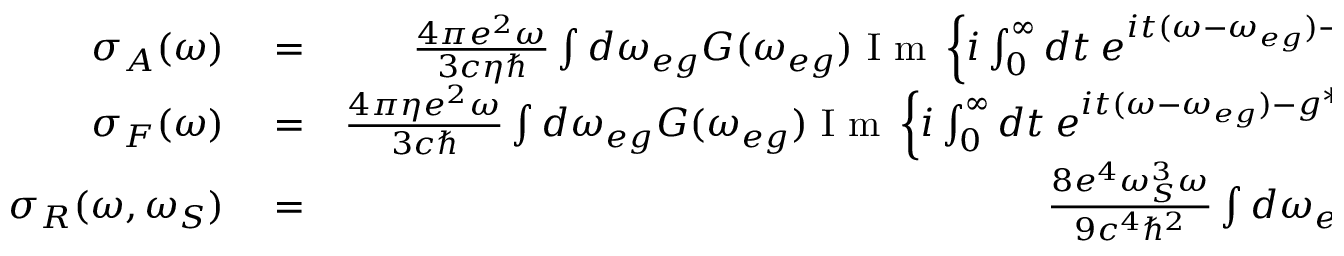
\begin{array} { r l r } { \sigma _ { A } ( \omega ) } & { { } = } & { \frac { 4 \pi e ^ { 2 } \omega } { 3 c \eta \hbar } \int d \omega _ { e g } G ( \omega _ { e g } ) \mathrm { ~ I ~ m ~ } \left\{ i \int _ { 0 } ^ { \infty } d t \: e ^ { i t ( \omega - \omega _ { e g } ) - g ( t ) } A ( t ) \right\} ; } \\ { \sigma _ { F } ( \omega ) } & { { } = } & { \frac { 4 \pi \eta e ^ { 2 } \omega } { 3 c \hbar } \int d \omega _ { e g } G ( \omega _ { e g } ) \mathrm { ~ I ~ m ~ } \left\{ i \int _ { 0 } ^ { \infty } d t \: e ^ { i t ( \omega - \omega _ { e g } ) - g ^ { * } ( t ) } A ^ { * } ( t ) \right\} ; } \\ { \sigma _ { R } ( \omega , \omega _ { S } ) } & { { } = } & { \frac { 8 e ^ { 4 } \omega _ { S } ^ { 3 } \omega } { 9 c ^ { 4 } \hbar ^ { 2 } } \int d \omega _ { e g } G ( \omega _ { e g } ) \times } \end{array}